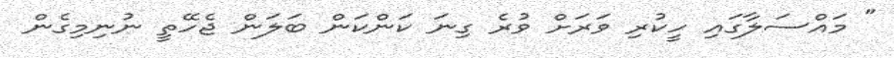
" މައްސަލާގައި ހީކުރި ވަރަށް ވުރެ ގިނަ ކަންކަން ބަލަން ޖެހޭތީ ނުނިމިގެން